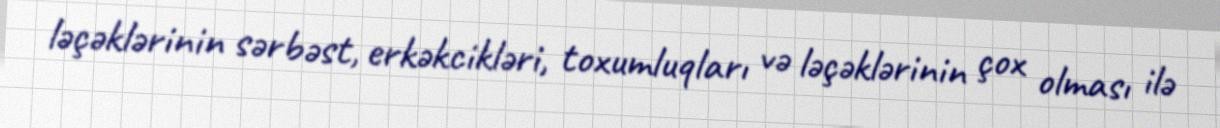
ləçəklərinin sərbəst, erkəkcikləri, toxumluqları və ləçəklərinin çox olması ilə